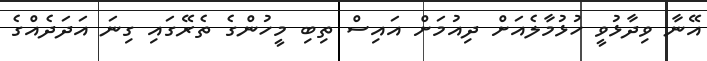
އޭނާ ވިދާޅުވީ ހުޅުމާލެއަށް ދިއުމަށް އައިސް ތިބި މީހުންގެ ތެރޭގައި ގިނަ އަދަދެއްގެ